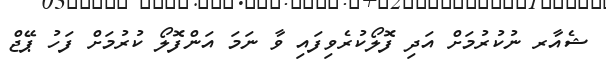
ޝެއާރ ނުކުރުމަށް އަދި ފޮލޯކުރެވިފައި ވާ ނަމަ އަންފޮލޯ ކުރުމަށް ފަހު ޕޭޖް